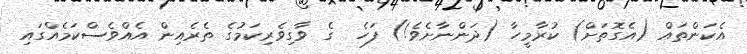
އެކަންތައް (އެގޮތަށް) ކުރާމީހާ (ދަންނާށެވެ!) ފަހެ  ގެ ވާގިވެރިކަމުގެ ތެރެއިން އެއްވެސްކަމެއްގައި